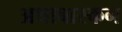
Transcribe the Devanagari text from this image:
अथाबास्कन